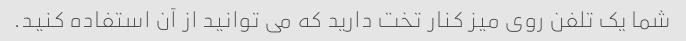
شما یک تلفن روی میز کنار تخت دارید که می توانید از آن استفاده کنید.